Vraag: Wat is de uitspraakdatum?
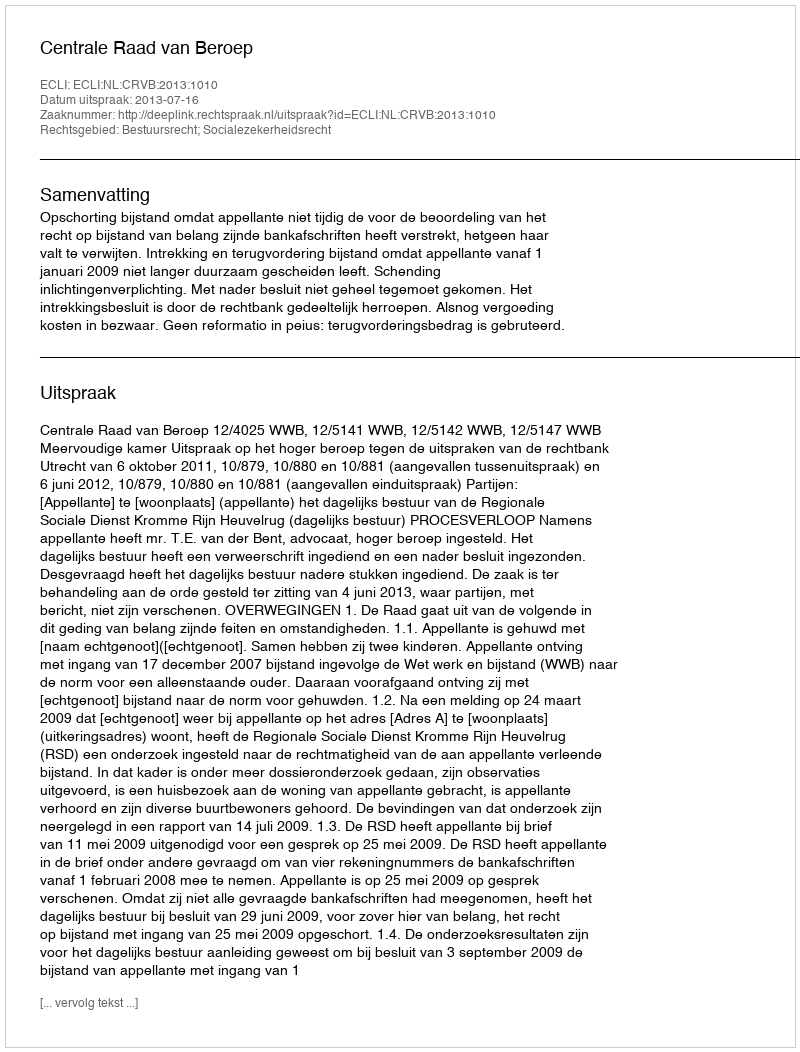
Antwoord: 2013-07-16